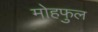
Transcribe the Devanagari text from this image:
मोहफुल